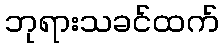
ဘုရားသခင်ထက်